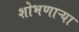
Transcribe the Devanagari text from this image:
शोभणाऱ्या